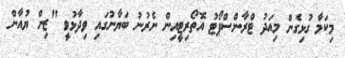
މިކަމާ ގުޅިގެން މިއަދު ޓްރާންސްޕޯޓު އޮތޯރިޓީއިން ނެރުނު ބަޔާނުގައި ވިދާޅުވީ "ޒިން ޔުއާން